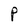
Character: P